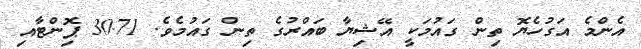
އެންމެ އަގުހެޔޮ ތިން ގައުމަކީ އޭޝިޔާ ބައްރުގެ ތިން ގައުމެެވެ. 30.71 ޕޮިންޓާއި